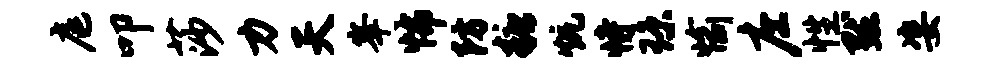
庭叩莎力天峰怖防糖炕恃琼愉庄性默姿